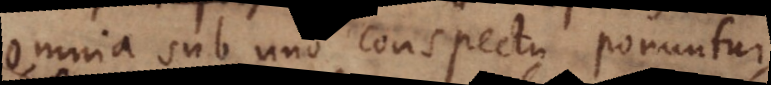
omnia sub uno conspectu ponuntur,